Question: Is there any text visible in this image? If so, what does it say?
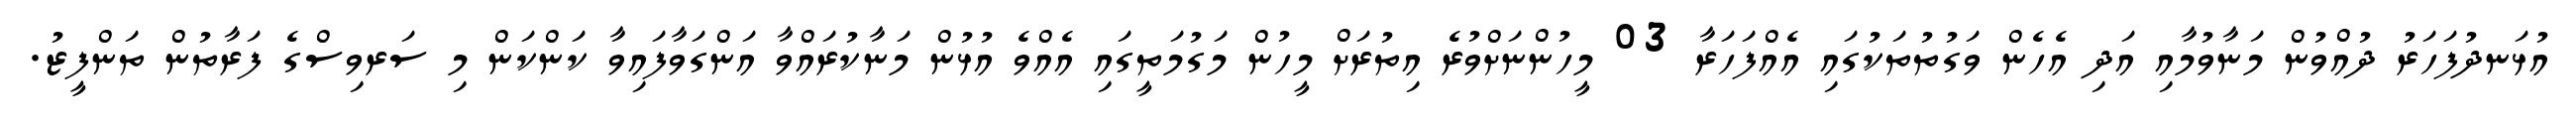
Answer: އުޅަނދުފަހަރު ދުއްވުން މަނާވުމާއި އަދި އެހެން ވަގުތުތަކުގައި އެއްފަހަރާ 03 މީހުންނަށްވުރެ އިތުރަށް މީހުން މަގުމަތީގައި އެއްވެ އުޅުން މަނާކުރައްވާ އަންގަވާފައިވާ ކަންކަން މި ސަރވިސްގެ ފަރާތުން ތަންފީޒު.